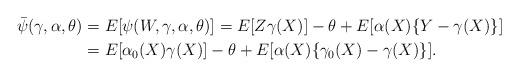
LaTeX: \begin{align*}\bar{\psi}(\gamma,\alpha,\theta) & =E[\psi(W,\gamma,\alpha,\theta)]=E[Z\gamma(X)]-\theta+E[\alpha(X)\{Y-\gamma(X)\}]\\& =E[\alpha_{0}(X)\gamma(X)]-\theta+E[\alpha(X)\{\gamma_{0}(X)-\gamma(X)\}].\end{align*}